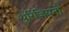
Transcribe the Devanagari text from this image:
थुरिंजियनों